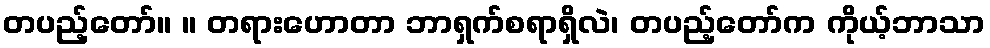
တပည့်တော်။ ။ တရားဟောတာ ဘာရှက်စရာရှိလဲ၊ တပည့်တော်က ကိုယ့်ဘာသာ